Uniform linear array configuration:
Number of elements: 8
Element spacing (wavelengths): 0.5
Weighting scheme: blackman
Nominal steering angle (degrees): -30
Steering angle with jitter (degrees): -28.047
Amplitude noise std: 0.05
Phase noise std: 0.05

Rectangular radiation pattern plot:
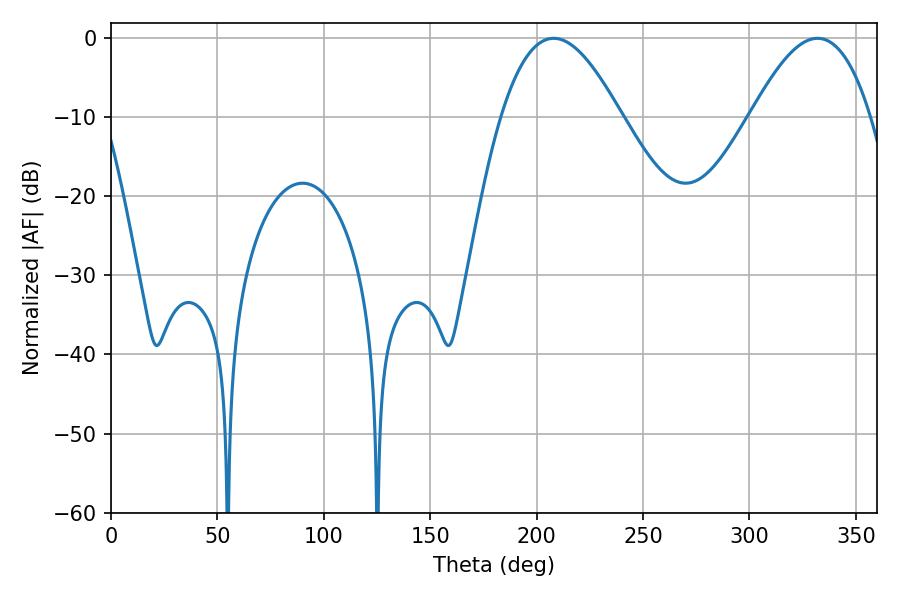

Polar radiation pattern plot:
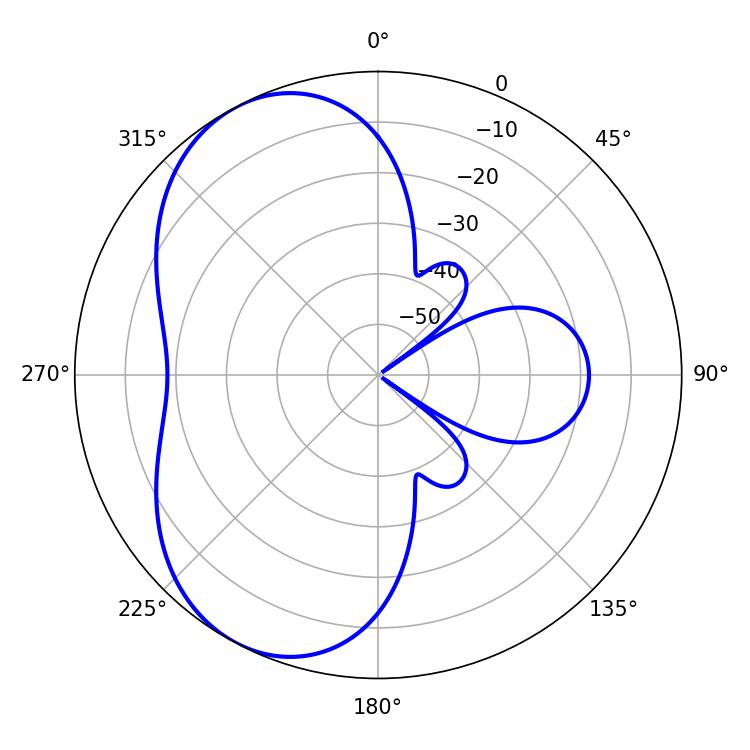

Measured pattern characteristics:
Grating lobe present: FALSE
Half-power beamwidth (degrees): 30.6
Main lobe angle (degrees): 208.08